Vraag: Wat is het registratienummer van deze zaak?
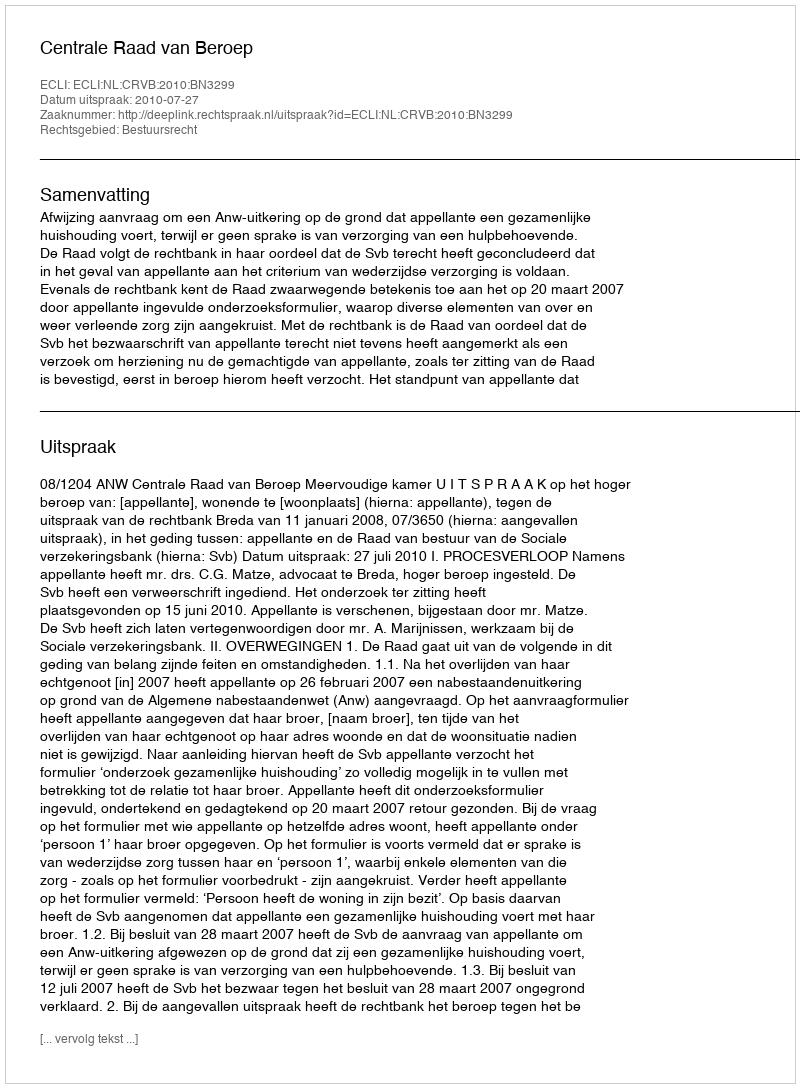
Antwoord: http://deeplink.rechtspraak.nl/uitspraak?id=ECLI:NL:CRVB:2010:BN3299